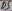
Text: D5